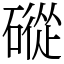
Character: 磫